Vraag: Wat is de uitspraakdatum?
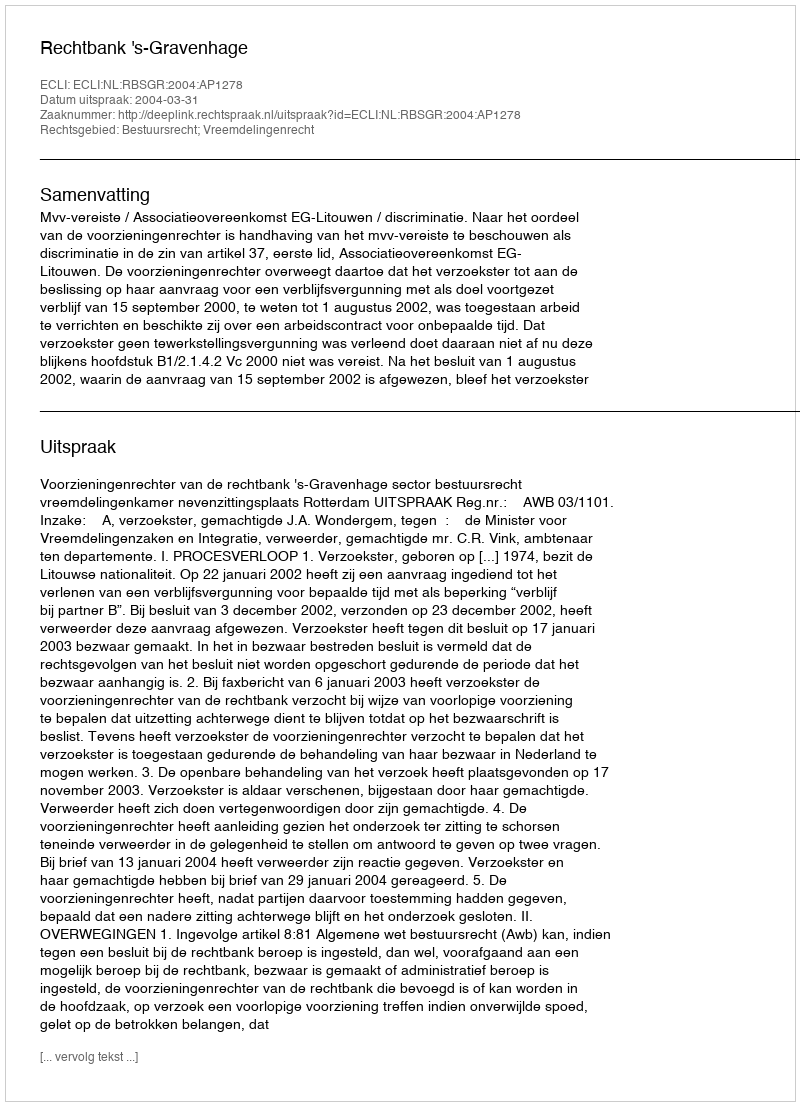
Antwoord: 2004-03-31